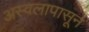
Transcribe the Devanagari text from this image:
अस्वलापासून